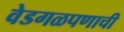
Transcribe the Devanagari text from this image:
वेडगळपणाची